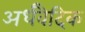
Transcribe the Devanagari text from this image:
अर्धवैदिक